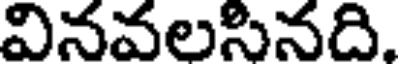
వినవలసినది.